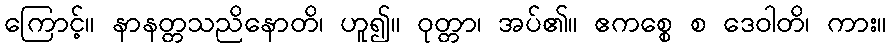
ကြောင့်။ နာနတ္တသညိနောတိ၊ ဟူ၍။ ဝုတ္တာ၊ အပ်၏။ ဧကစ္စေ စ ဒေဝါတိ၊ ကား။